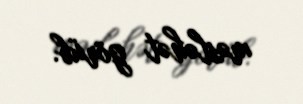
məsləhət görüb.